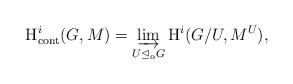
LaTeX: \begin{align*}\mathrm{H}_\mathrm{cont}^i(G,M) = \varinjlim_{U \trianglelefteq_\mathrm{o} G} \mathrm{H}^i(G/U,M^U),\end{align*}